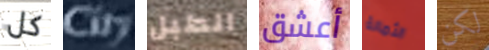
كل City الطبل أعشق الثمالة لكن